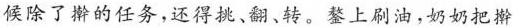
候除了擀的任务，还得挑、翻、转。鏊上刷油，奶奶把擀